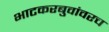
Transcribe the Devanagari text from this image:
भाटकरबुवांवरच